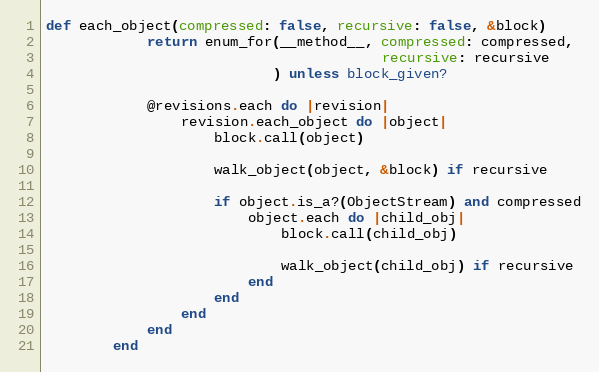
Language: Ruby
def each_object(compressed: false, recursive: false, &block)
            return enum_for(__method__, compressed: compressed,
                                        recursive: recursive
                           ) unless block_given?

            @revisions.each do |revision|
                revision.each_object do |object|
                    block.call(object)

                    walk_object(object, &block) if recursive

                    if object.is_a?(ObjectStream) and compressed
                        object.each do |child_obj|
                            block.call(child_obj)

                            walk_object(child_obj) if recursive
                        end
                    end
                end
            end
        end